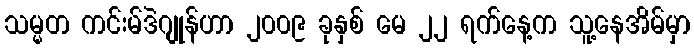
သမ္မတ ကင်းမ်ဒဲဂျုန်ဟာ ၂၀၀၉ ခုနှစ် မေ ၂၂ ရက်နေ့က သူ့နေအိမ်မှာ